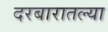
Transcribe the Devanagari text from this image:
दरबारातल्या